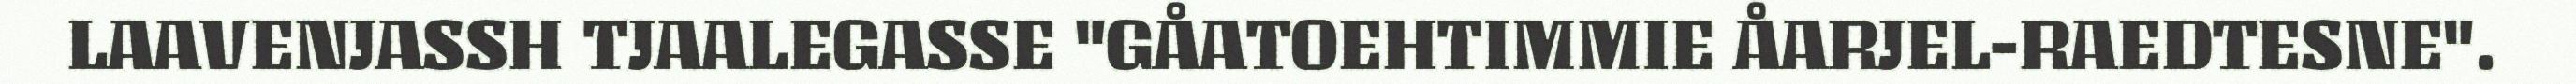
LAAVENJASSH TJAALEGASSE "GÅATOEHTIMMIE ÅARJEL-RAEDTESNE".